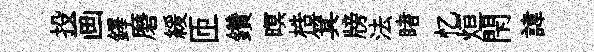
投画鐸磨緩匝鑽暝梏箕牓法睹忆烜閇諱